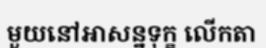
មួយនៅអាសន្នទុក្ខ លើកតា